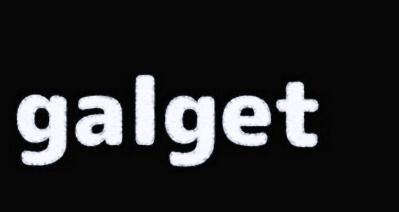
galget